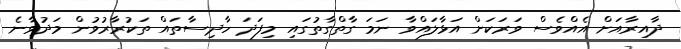
ދާއިރާއަށް އެއްވެސް ވަރަކަށް އަޅާލައްވާ ނަމަ ގާތްގާތުގައި މިފަދަ ހާދިސާތައް ތަކުރާރުވުން މަދުވާނެ